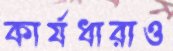
কার্যধারাও